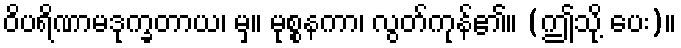
ဝိပရိဏာမဒုက္ခတာယ၊ မှ။ မုစ္စနကာ၊ လွတ်ကုန်၏။ (ဤသို့ ပေး)။